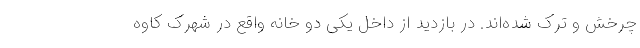
چرخش و ترک شده‌اند. در بازدید از داخل یکی دو خانه واقع در شهرک کاوه